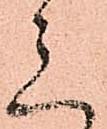
意